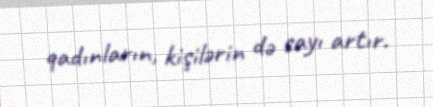
qadınların, kişilərin də sayı artır.